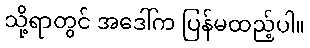
သို့ရာတွင် အဒေါ်က ပြန်မထည့်ပါ။